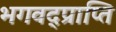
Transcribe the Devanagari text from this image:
भगवद्प्राप्ति